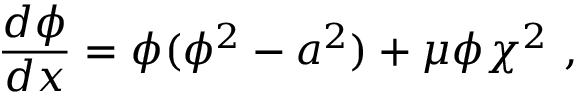
\frac { d \phi } { d x } = \l \phi ( \phi ^ { 2 } - a ^ { 2 } ) + \mu \phi \chi ^ { 2 } ~ ,